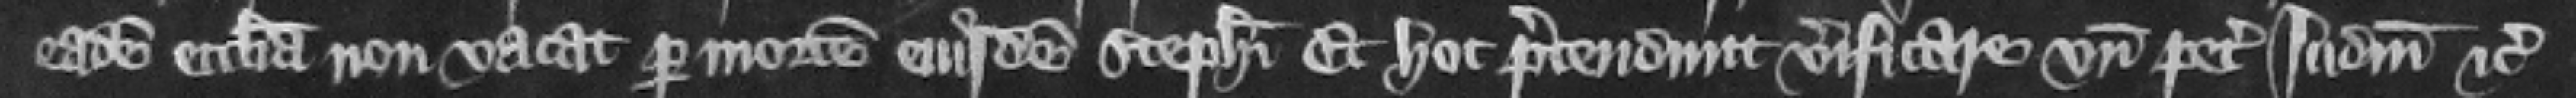
eadem ecclesia non vacat per mortem eiusdem Stephani. Et hoc pretendunt verificare vnde petunt Iudicium etc.